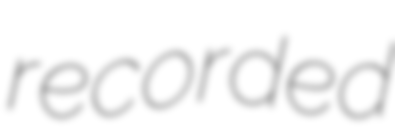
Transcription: recorded